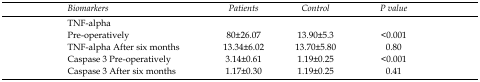
<table><thead><tr><td><b><i>Biomarkers</i></b></td><td><b><i>Patients</i></b></td><td><b><i>Control</i></b></td><td><b><i>P value</i></b></td></tr></thead><tbody><tr><td>TNF-alpha Pre-operatively</td><td>80±26.07</td><td>13.90±5.3</td><td>&lt;0.001</td></tr><tr><td>TNF-alpha After six months</td><td>13.34±6.02</td><td>13.70±5.80</td><td>0.80</td></tr><tr><td>Caspase 3 Pre-operatively</td><td>3.14±0.61</td><td>1.19±0.25</td><td>&lt;0.001</td></tr><tr><td>Caspase 3 After six months</td><td>1.17±0.30</td><td>1.19±0.25</td><td>0.41</td></tr></tbody></table>